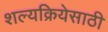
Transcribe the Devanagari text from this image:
शल्यक्रियेसाठी